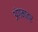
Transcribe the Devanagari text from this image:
अंगमात्र